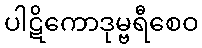
ပါဋိကောဒုမ္ဗရီစေဝ